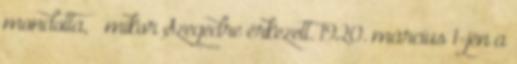
mondotta, – mikor Szegedre érkezett. 1920. március 1-jén a